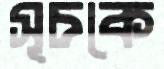
সূচকে